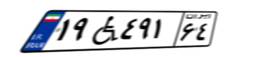
۱۹W۴۹۱۶۴